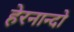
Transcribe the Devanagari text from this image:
हेरनान्दो